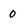
Character: 0